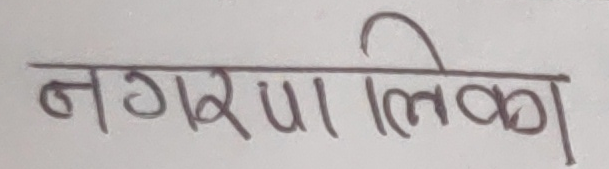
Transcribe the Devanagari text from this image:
नगरपालिका